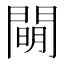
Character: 𨵛